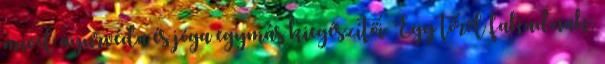
mivel ayurvéda és jóga egymás kiegészítői. Egy tőről fakadnak,